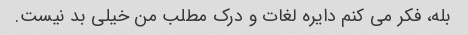
بله، فکر می کنم دایره لغات و درک مطلب من خیلی بد نیست.